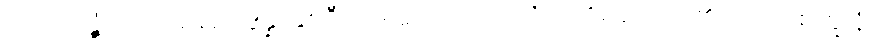
လာလတ္တံ့သောအခါ၌။ ဒွိန္နံ၊ နှစ်ဦးကုန်သော။ တေသံပိ၊ ထိုရသေ့တို့၏လည်း။ စက္ခူနံ၊